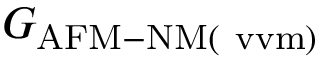
G _ { \mathrm { A F M - N M ( \ v v m ) } }